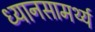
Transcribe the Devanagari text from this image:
ध्यानसामर्थ्य